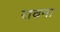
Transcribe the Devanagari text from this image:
रावना